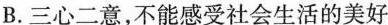
B.三心二意，不能感受社会生活的美好